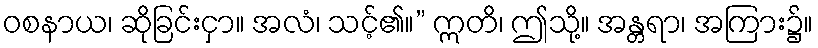
ဝစနာယ၊ ဆိုခြင်းငှာ။ အလံ၊ သင့်၏။” ဣတိ၊ ဤသို့။ အန္တရာ၊ အကြား၌။